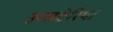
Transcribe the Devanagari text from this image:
असटेरिया